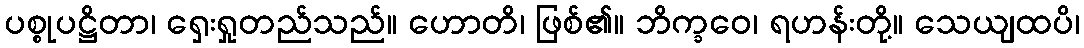
ပစ္စုပဋ္ဌိတာ၊ ရှေးရှုတည်သည်။ ဟောတိ၊ ဖြစ်၏။ ဘိက္ခဝေ၊ ရဟန်းတို့။ သေယျထပိ၊